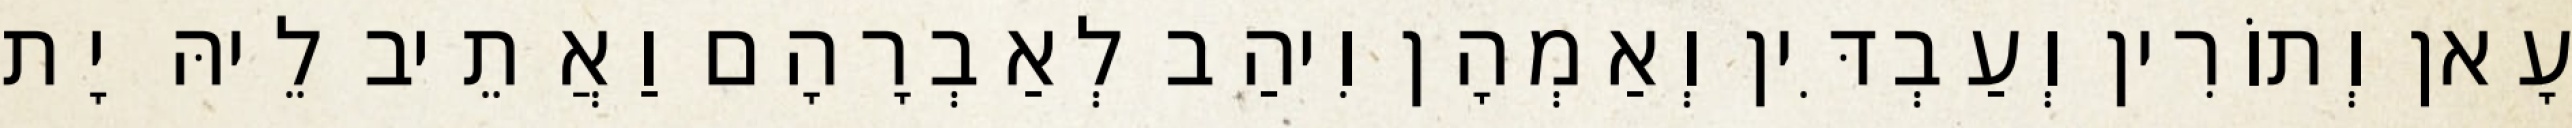
עָאן וְתוֹרִין וְעַבְדִּין וְאַמְהָן וִיהַב לְאַבְרָהָם וַאֲתֵיב לֵיהּ יָת